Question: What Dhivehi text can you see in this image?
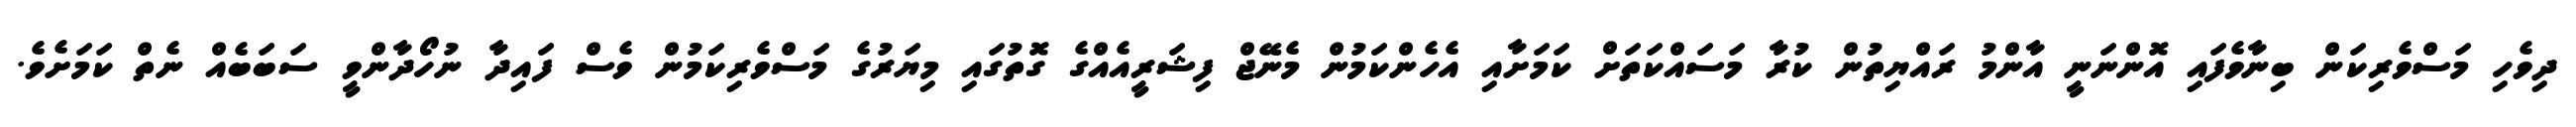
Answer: ދިވެހި މަސްވެރިކަން ބިނާވެފައި އޮންނަނީ އާންމު ރައްޔިތުން ކުރާ މަސައްކަތަށް ކަމަށާއި އެހެންކަމުން މެނޭޖް ފިޝަރީއެއްގެ ގޮތުގައި މިޔަރުގެ މަސްވެރިކަމުން ވެސް ފައިދާ ނުހޯދާންވީ ސަބަބެއް ނެތް ކަމަށެވެ.